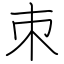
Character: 朿